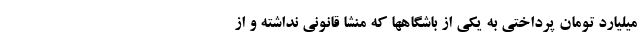
میلیارد تومان پرداختی به یکی از باشگاهها که منشا قانونی نداشته و از